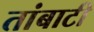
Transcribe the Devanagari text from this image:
तांबाटी